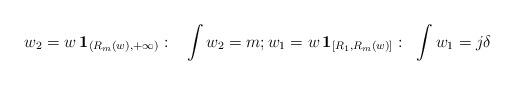
LaTeX: \begin{align*}w_2= w \, {\mathbf 1_{(R_m(w),+\infty)}}:\;\;\;\int w_2=m;w_1=w\,\mathbf 1_{[R_1,R_m(w)]}:\;\; \int w_1 = j\delta\end{align*}